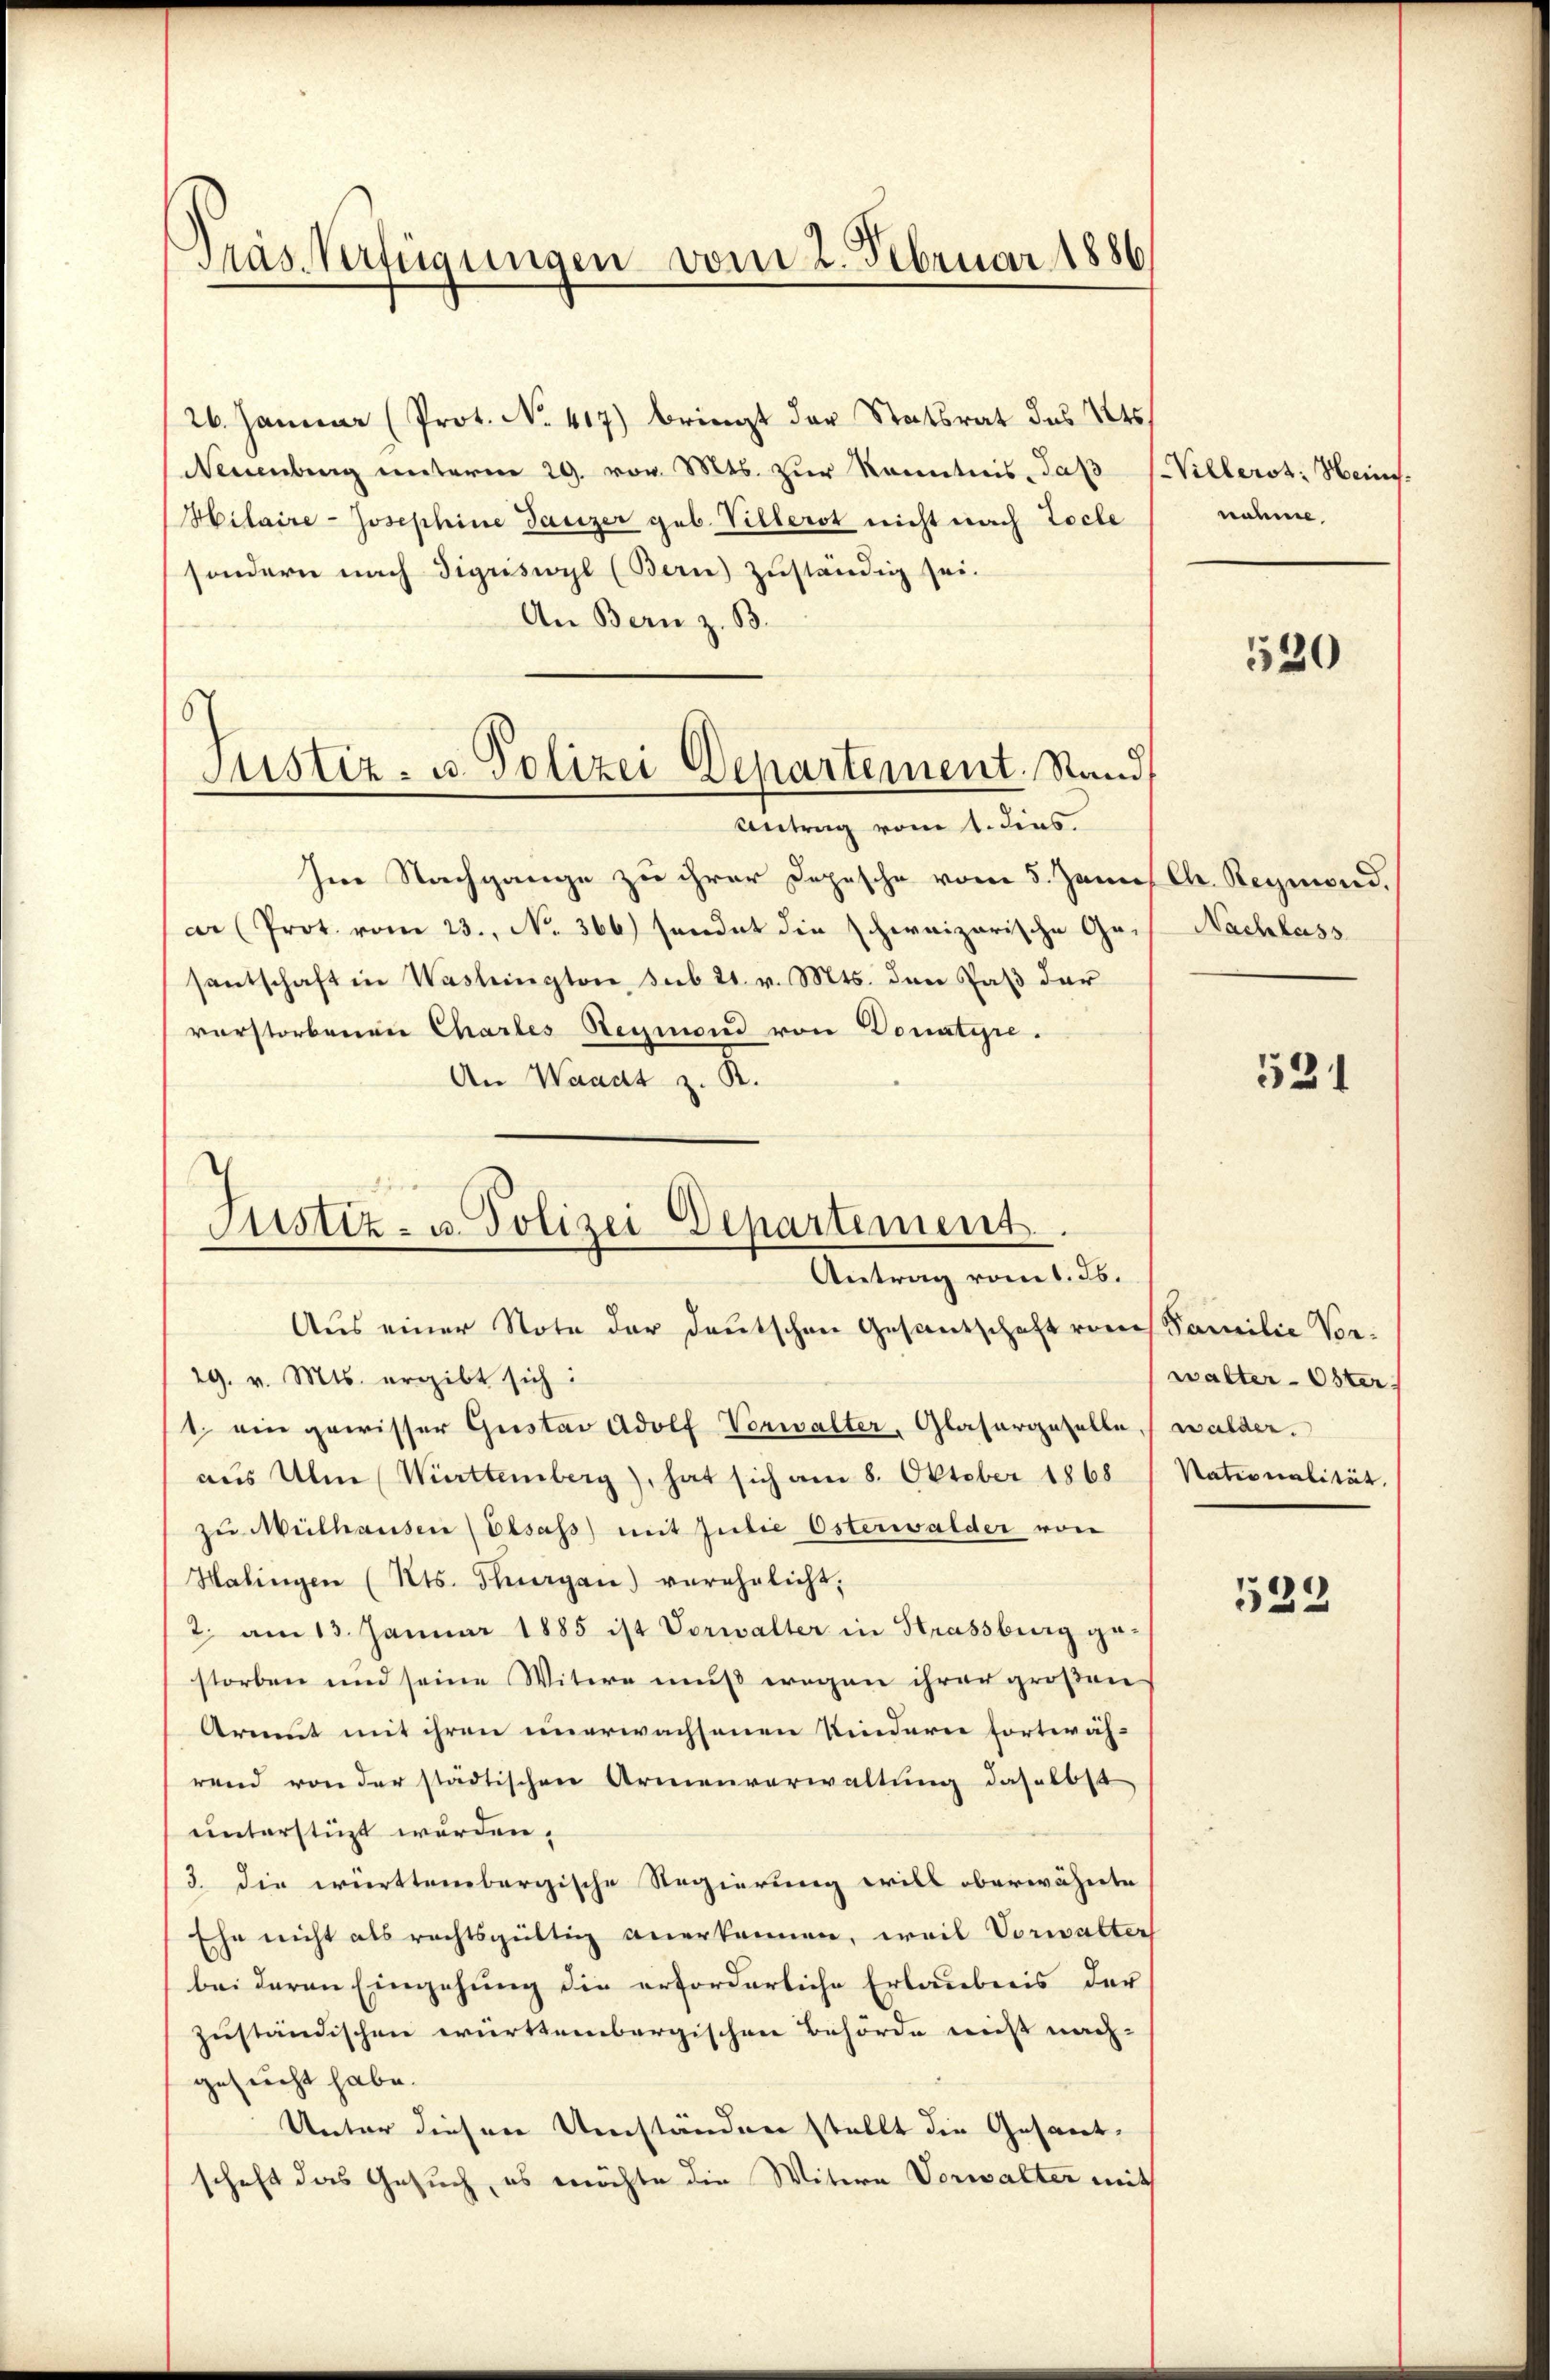
Mas Verfügungen vom 2. Februar 1886

Justiz- u. Polizei Departement. Stand
Antrag vom 1. dies.

26. Januar (Prot. No. 417) bringt der Statsrat des 145
Neuenburg unterm 29. vor. Mts. zur Kenntnis, daß
Hilaire-Josephine Ganzer geb. Villerst nicht nach Zocle
sondern nach Sigriswyl (Bern) zuständig sei.
An Bern z. B.
Im Nachgange zu ihrer Dopesche vom 5. Jenn
ar (Prot. vom 23. No. 366) sendet die schweizerische Gesantschaft in Washington, sub 21. v. Mts. den Jass der
vorstorbenen Charles Reymond von Donatise.
An Waadt z. R.
h

Justiz- u. Polizei Departement.
Antrag vom 1. Js.

Aus einer Note der deutschen Gesantschaft vom Familie Vor-
19. v. Mts. ergibt sich:
1. ein gewisser Gustav Adolf Vorwalter, Glasurgeselle, (walder.
aus Ulne Württemberg), hat sich am 8. Oktober 1868
zu Mülhausen (Elsass) mit Julie Osterwalder von
Halingen (Cts. Thurgau) verehrlicht.
2. am 13. Januar 1885 ist Vorwalter in Strassburg gestorben und seine Witwe muß wegen ihrer großen
Armut mit ihren unerwachsenen Kindern fortwährend von der städtischen Armenverwaltung daselbst
unterstüzt werden.
3. Die württembergische Regierung will oberwähnte
Ehe nicht als rechtsgültig anerkennen, weil Vorwalter
bei deren Eingehung die erforderliche Erlaubens der
zuständischen württembergischen Behörde nicht nach-
gesucht habe.
Unter diesen Umständen stellt die Gesant-
schaft das Gesuch, es möchte die Witern Vorwalter mit

Villerot: Heinnahen.

520

Chr. Reymond.
Nachlass

531

walter-Öster
Nationalität.

539